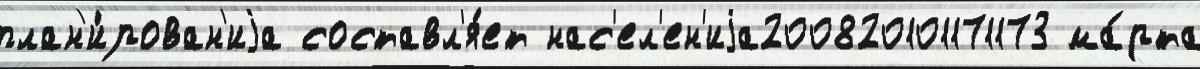
план'и́рован'иjа составл'я́ет нас'ел'ен'иjа200820101171173 ма́рта